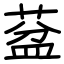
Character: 葐